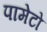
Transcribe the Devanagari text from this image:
पामेटो